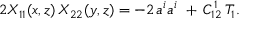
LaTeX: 2 X _ { 1 1 } ( x , z ) \, X _ { 2 2 } ( y , z ) = - 2 \, a ^ { i } a ^ { i } \ + \, C _ { 1 2 } ^ { 1 } \, T _ { 1 } .